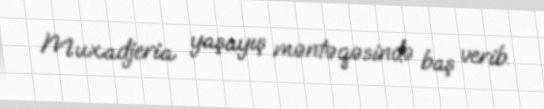
Muxadjeria yaşayış məntəqəsində baş verib.